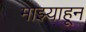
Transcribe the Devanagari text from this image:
माझ्याहून